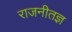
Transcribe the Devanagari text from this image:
राजनीतज्ञ